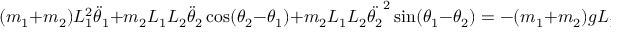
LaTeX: ( m _ { 1 } + m _ { 2 } ) L _ { 1 } ^ { 2 } { \ddot { \theta } } _ { 1 } + m _ { 2 } L _ { 1 } L _ { 2 } { \ddot { \theta } } _ { 2 } \cos ( \theta _ { 2 } - \theta _ { 1 } ) + m _ { 2 } L _ { 1 } L _ { 2 } { \ddot { \theta _ { 2 } } } ^ { 2 } \sin ( \theta _ { 1 } - \theta _ { 2 } ) = - ( m _ { 1 } + m _ { 2 } ) g L _ { 1 } \sin \theta _ { 1 } ,